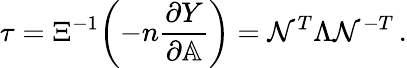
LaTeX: \tau=\Xi^{-1}\bigg({-}n\frac{\partial Y}{\partial\mathbb{A}}\bigg)=\mathcal{N}^{T}\Lambda\mathcal{N}^{-T}\, .